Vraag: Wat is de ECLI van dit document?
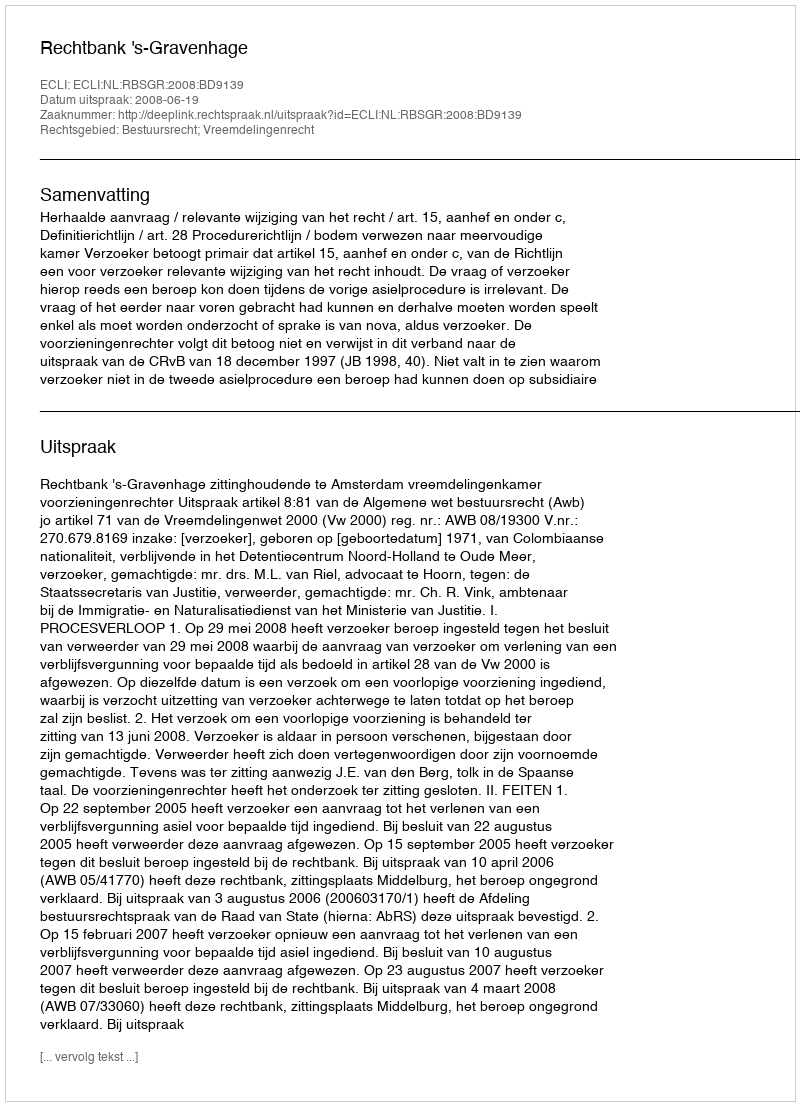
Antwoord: ECLI:NL:RBSGR:2008:BD9139